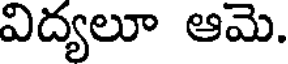
విద్యలూ ఆమె.